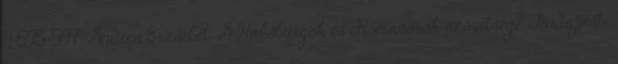
4:595-597. Andics Erzsébet: A Habsburgok és Romanovok szövetsége. Budapest: